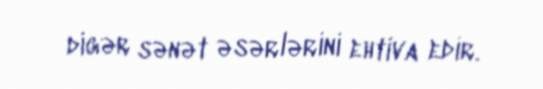
digər sənət əsərlərini ehtiva edir.